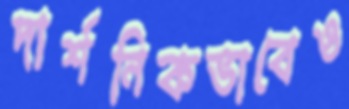
দার্শনিকভাবেও